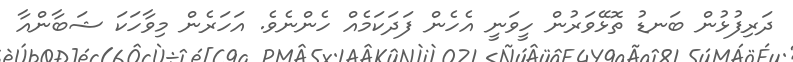
ދަރިފުޅުން ބަނޑު ތޮޅޭވަރުން ހީވަނީ އެހެން ފަދަކަމެއް ހެންނެވެ. އަހަރެން މިވާހަކަ ޝަބާންއާ